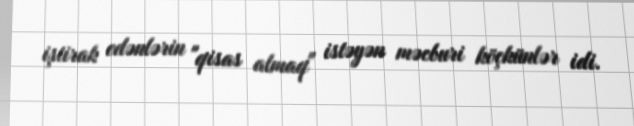
iştirak edənlərin "qisas almaq" istəyən məcburi köçkünlər idi.